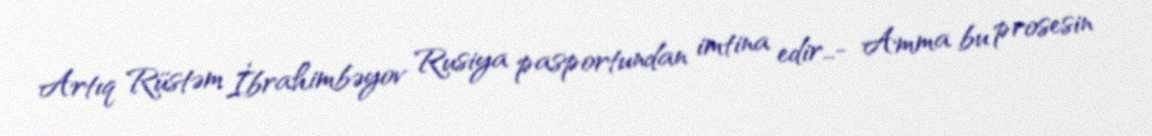
Artıq Rüstəm İbrahimbəyov Rusiya pasportundan imtina edir…- Amma bu prosesin